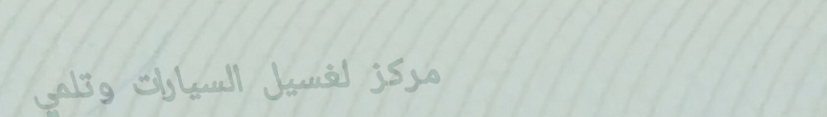
مركز لغسيل السيارات وتلمي